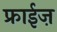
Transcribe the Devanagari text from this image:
फ्राईज़